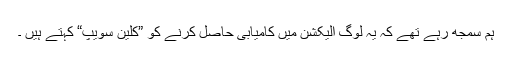
ہم سمجھ رہے تھے کہ یہ لوگ الیکشن میں کامیابی حاصل کرنے کو ”کلین سویپ“ کہتے ہیں ۔